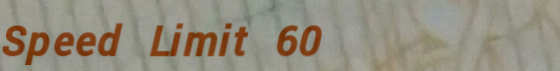
Speed Limit 60